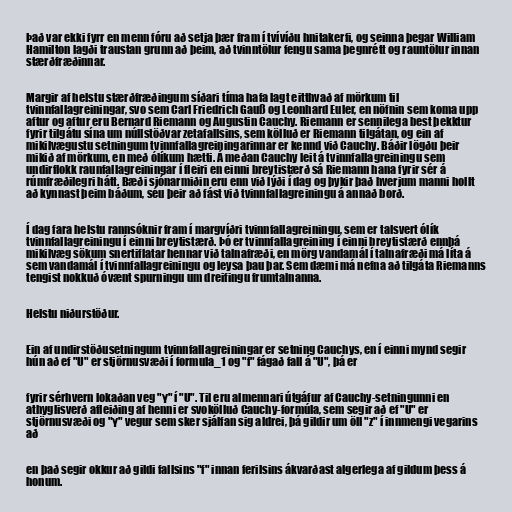
Það var ekki fyrr en menn fóru að setja þær fram í tvívíðu hnitakerfi, og seinna þegar William
Hamilton lagði traustan grunn að þeim, að tvinntölur fengu sama þegnrétt og rauntölur innan
stærðfræðinnar.

Margir af helstu stærðfræðingum síðari tíma hafa lagt eitthvað af mörkum til
tvinnfallagreiningar, svo sem Carl Friedrich Gauß og Leonhard Euler, en nöfnin sem koma upp
aftur og aftur eru Bernard Riemann og Augustin Cauchy. Riemann er sennilega best þekktur
fyrir tilgátu sína um núllstöðvar zetafallsins, sem kölluð er Riemann tilgátan, og ein af
mikilvægustu setningum tvinnfallagreiningarinnar er kennd við Cauchy. Báðir lögðu þeir
mikið af mörkum, en með ólíkum hætti. Á meðan Cauchy leit á tvinnfallagreiningu sem
undirflokk raunfallagreiningar í fleiri en einni breytistærð sá Riemann hana fyrir sér á
rúmfræðilegri hátt. Bæði sjónarmiðin eru enn við lýði í dag og þykir það hverjum manni hollt
að kynnast þeim báðum, séu þeir að fást við tvinnfallagreiningu á annað borð.

Í dag fara helstu rannsóknir fram í margvíðri tvinnfallagreiningu, sem er talsvert ólík
tvinnfallagreiningu í einni breytistærð. Þó er tvinnfallagreining í einni breytistærð ennþá
mikilvæg sökum snertiflatar hennar við talnafræði, en mörg vandamál í talnafræði má líta á
sem vandamál í tvinnfallagreiningu og leysa þau þar. Sem dæmi má nefna að tilgáta Riemanns
tengist nokkuð óvænt spurningu um dreifingu frumtalnanna.

Helstu niðurstöður.

Ein af undirstöðusetningum tvinnfallagreiningar er setning Cauchys, en í einni mynd segir
hún að ef "U" er stjörnusvæði í formula_1 og "f" fágað fall á "U", þá er

fyrir sérhvern lokaðan veg "γ" í "U". Til eru almennari útgáfur af Cauchy-setningunni en
athyglisverð afleiðing af henni er svokölluð Cauchy-formúla, sem segir að ef "U" er
stjörnusvæði og "γ" vegur sem sker sjálfan sig aldrei, þá gildir um öll "z" í innmengi vegarins
að

en það segir okkur að gildi fallsins "f" innan ferilsins ákvarðast algerlega af gildum þess á
honum.